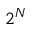
2 ^ { N }